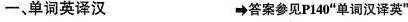
一、单词英译汉 答案参见P140"单词汉译英"